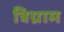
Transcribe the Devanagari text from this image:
त्रिग्राम